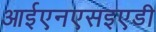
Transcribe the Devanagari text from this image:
आईएनएसइएडी